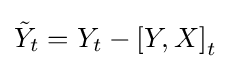
{\tilde {Y}}_{t}=Y_{t}-\left[Y,X\right]_{t}